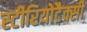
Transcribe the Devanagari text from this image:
स्टीरियोटैक्सी